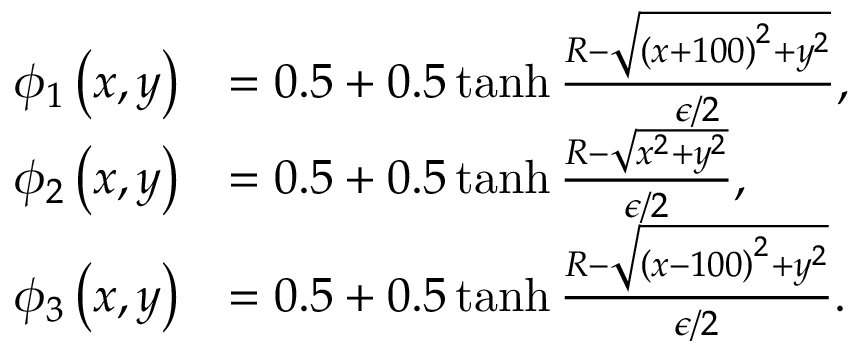
\begin{array} { r l } { \phi _ { 1 } \left( x , y \right) } & { = 0 . 5 + 0 . 5 \operatorname { t a n h } \frac { R - \sqrt { \left( x + 1 0 0 \right) ^ { 2 } + y ^ { 2 } } } { \epsilon / 2 } , } \\ { \phi _ { 2 } \left( x , y \right) } & { = 0 . 5 + 0 . 5 \operatorname { t a n h } \frac { R - \sqrt { x ^ { 2 } + y ^ { 2 } } } { \epsilon / 2 } , } \\ { \phi _ { 3 } \left( x , y \right) } & { = 0 . 5 + 0 . 5 \operatorname { t a n h } \frac { R - \sqrt { \left( x - 1 0 0 \right) ^ { 2 } + y ^ { 2 } } } { \epsilon / 2 } . } \end{array}